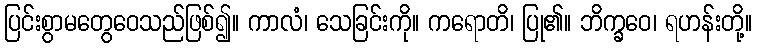
ပြင်းစွာမတွေဝေသည်ဖြစ်၍။ ကာလံ၊ သေခြင်းကို။ ကရောတိ၊ ပြု၏။ ဘိက္ခဝေ၊ ရဟန်းတို့။